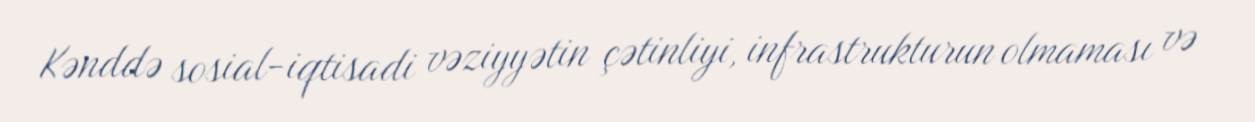
Kənddə sosial-iqtisadi vəziyyətin çətinliyi, infrastrukturun olmaması və